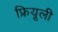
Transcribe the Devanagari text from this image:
फ्रियूली